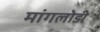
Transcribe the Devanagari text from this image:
मांगलोडी